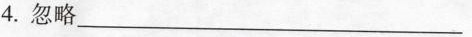
4.忽略___